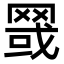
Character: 䍞